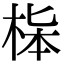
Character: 𣒬